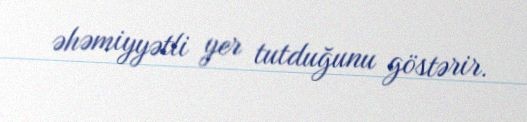
əhəmiyyətli yer tutduğunu göstərir.